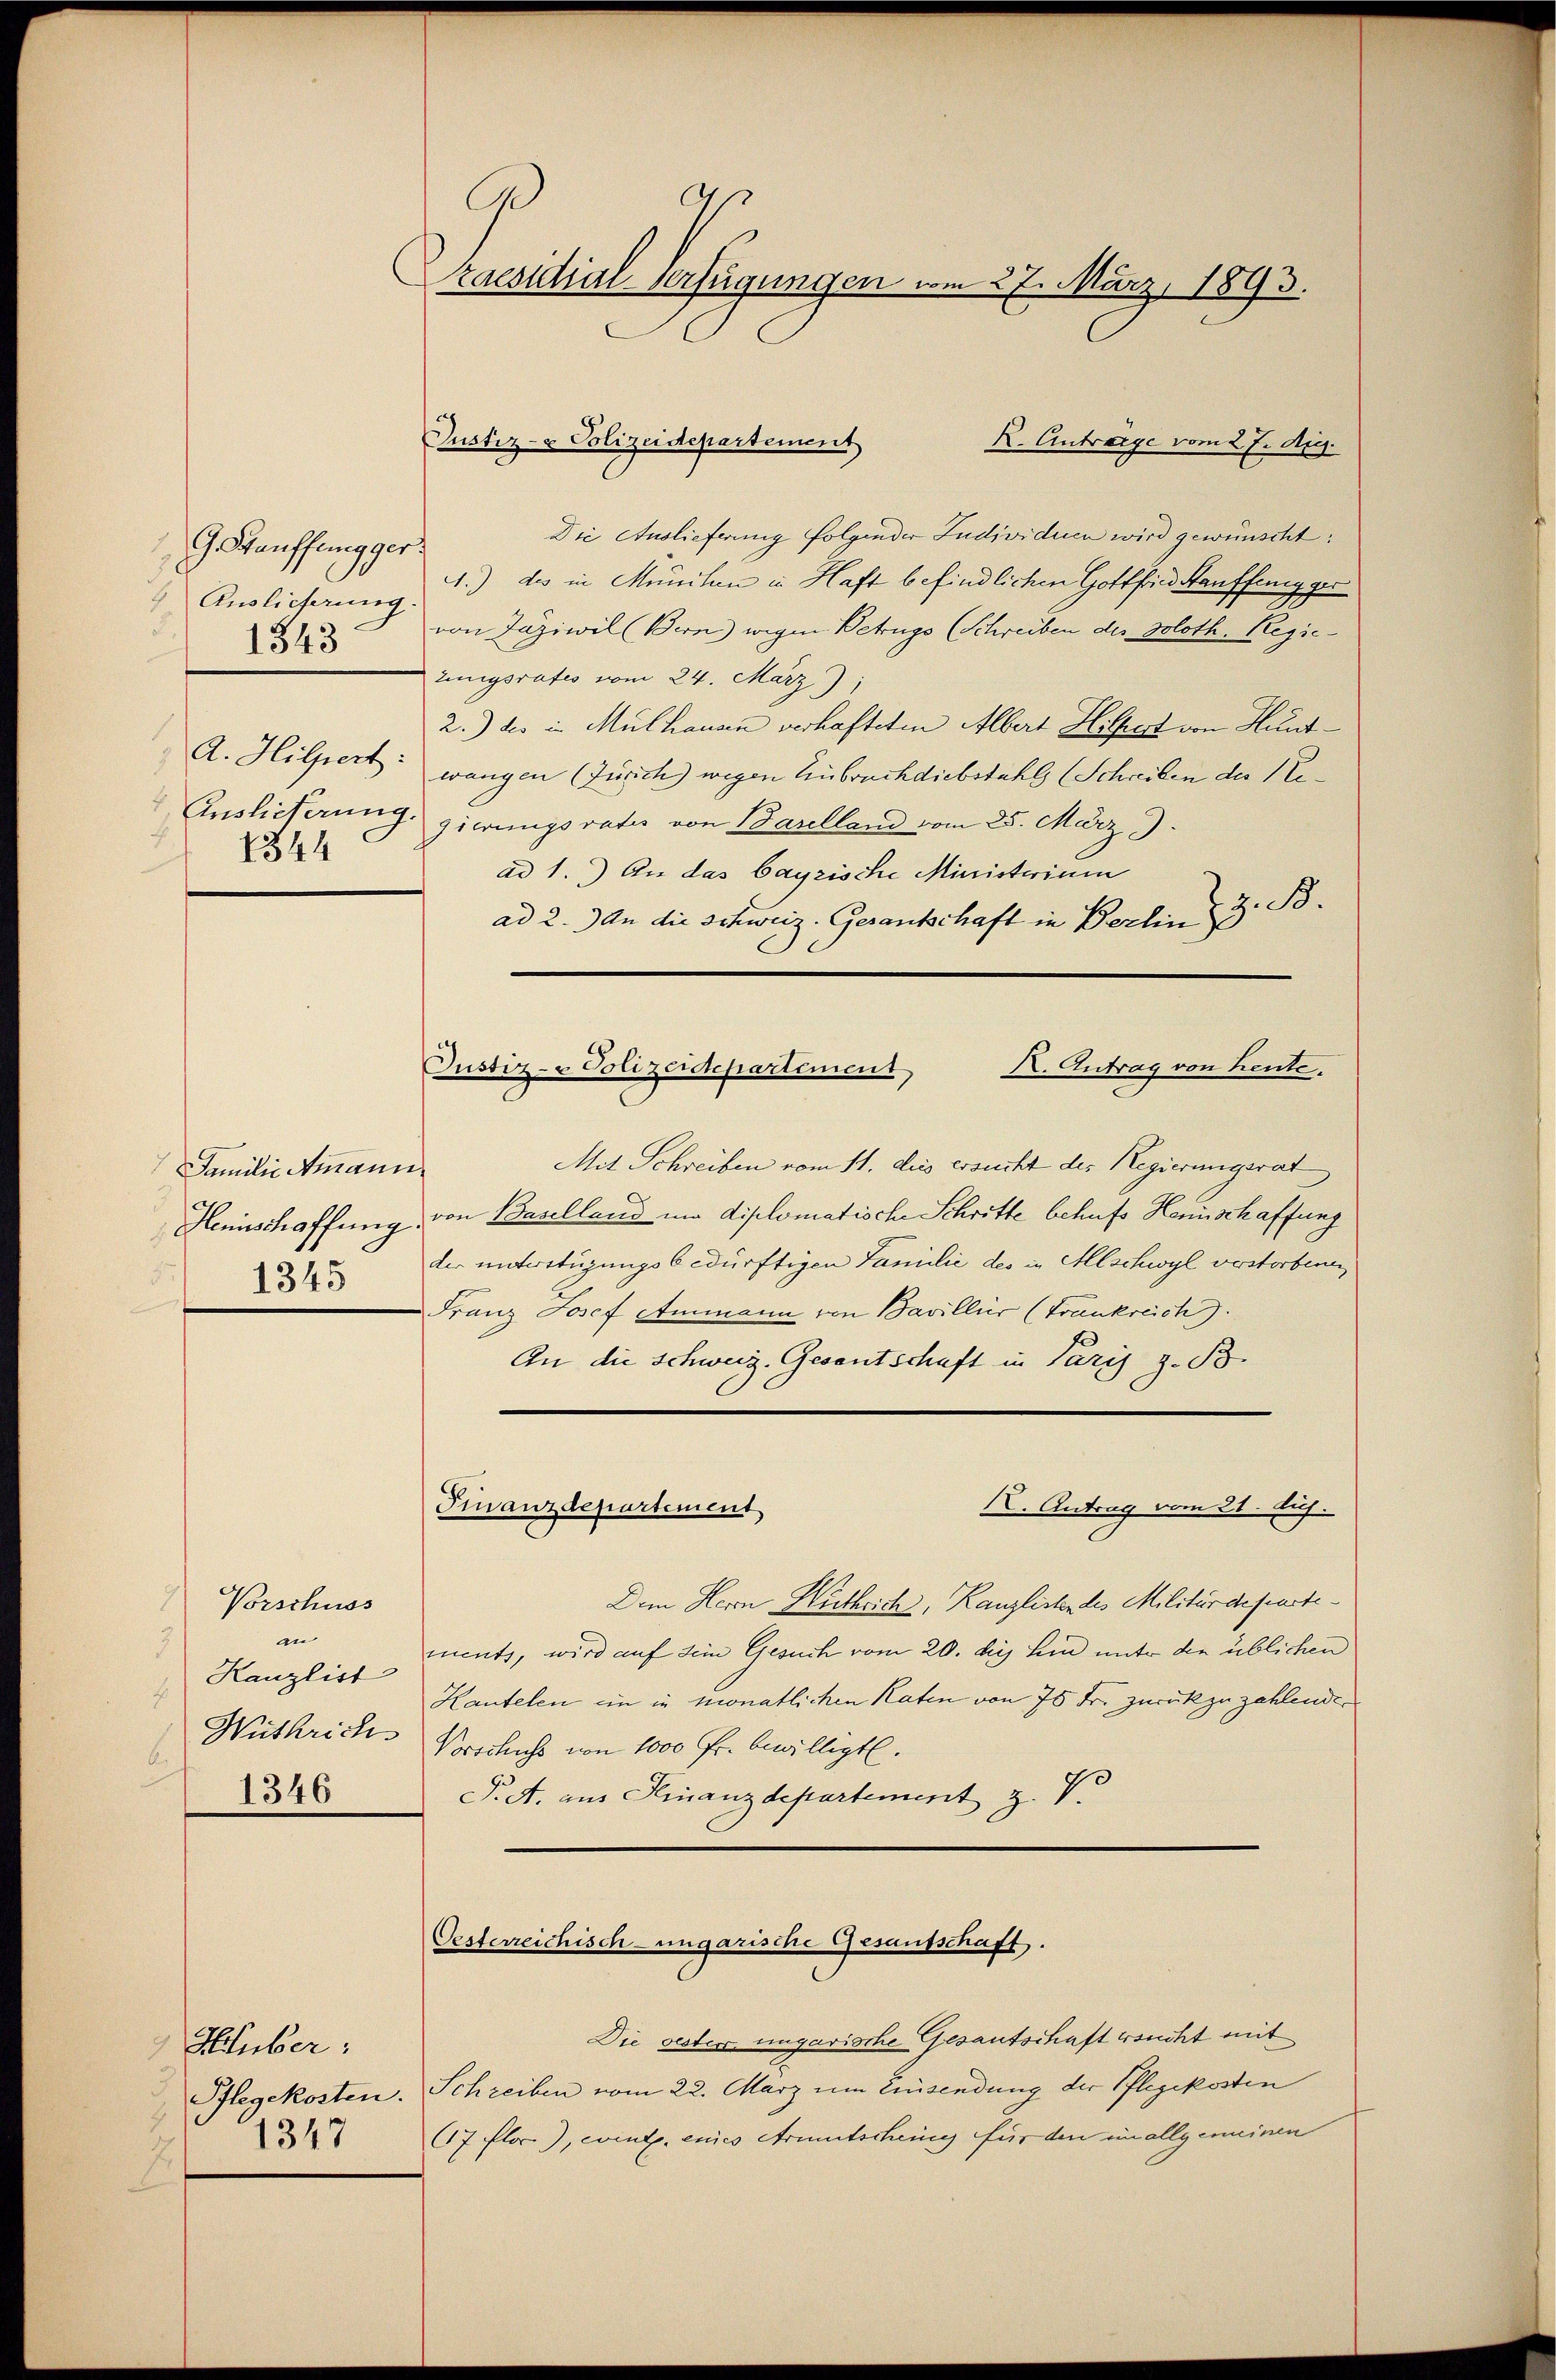
9 auffung ges
 Auslieferung
d.
1343
A. Hilpert:
Auslieferung.
 1344

Familie Ammann
Hennschaffung
1345

9
Vorschuss
in
3
Kanzlist
E
Wüthrich
2
1346

Huber:
Pflegekosten.
1347

aesidial-Verfügungen vom 27. März 1893.

Justiz- & Polizeidepartement

K. Antrage vom 27. Aug.
Die Auslieferung folgender Sudividuen wird gewünscht:
¬
.) des in Muniten in Haft befindlichen Gottfried Hauffung ges
von Jäziwil (Bern) wegen Betrugs (Schreiben des Soloth. Regiezungsrates vom 24. März 1
2.) des in Mülhausen verhafteten Albert Hilfest von Huntwangen (Zürich wegen Einbruch diebstahl (Schreiben der Negierungsrates von Baselland vom 25. März
ad 1.) An das bayrische Ministerium
ad 2.) An die Schweiz. Gesantschaft in Berlin 3 Bd.
X. Antrag von heute.
Oustiz- & Polizeidepartement
Mit Schreiben vom 11. dies ersucht des Regierungsrat
von Baselland in diplomatische Schritte behufs Hennschaffung
der unterstüzungsbedürftigen Familie des in Allschwyl verstorbenen
Franz Josef Ammann von Bavillier (Frankreich.
An die Schweiz. Gesantschaft in Paris z. B.

Finanzdepartement
I. Antrag vom 21. Auf

Dem Herrn Kuthrich, Kanzlistendes Militärdepartements, wird auf dem Gesuch vom 20. die Lein unter den üblichen
Kautelen ein in monatlichen Raten von 75 Fr. zurückzuzahlenden
Vorschuss von 1000 Fr. bewilligt.
P.A. aus Finanzdepartement z. B.

Oesterreichisch-ungarische Gesandschaft.

Die oester ungarische Gesantschaft ersucht mit
Schreiben vom 22. März um Einsendung der Pflegekosten
67 Flor.), wird. eines Armutscheing für den ein allgemeinen